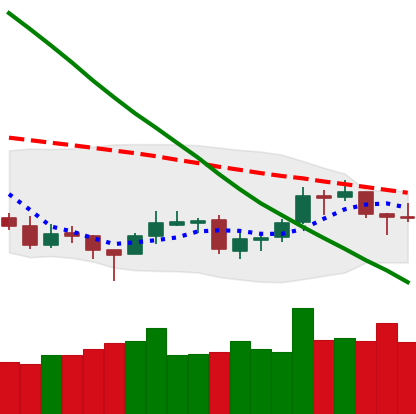
Ticker: LTC-USD
Chart end date: 2018-09-26
Forward return: 4.9%
Label: up_3_5